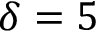
\delta = 5